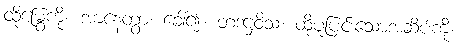
ထိုမြွေကို။ အာနေတွာ၊ ခေါ်၍။ တံဒဋ္ဌဝိသံ၊ ထိုပူပြင်းသောအဆိပ်ကို။